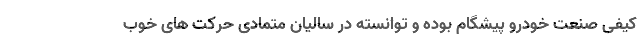
کیفی صنعت خودرو پیشگام بوده و توانسته در سالیان متمادی حرکت های خوب